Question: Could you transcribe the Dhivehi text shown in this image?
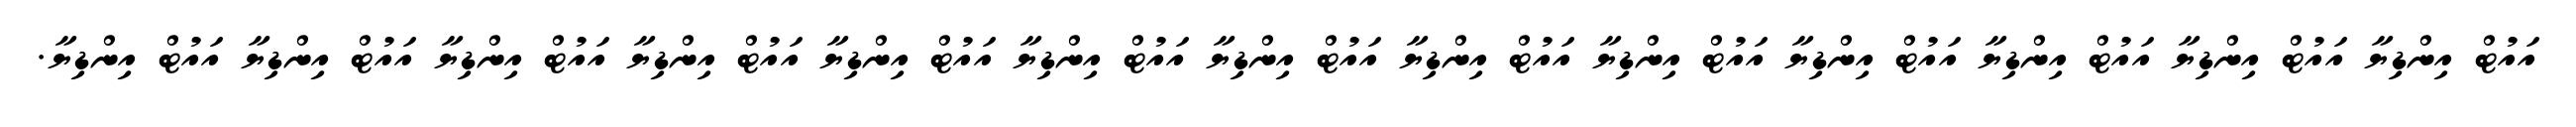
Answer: އައުޓް އިންޑިޔާ އައުޓް އިންޑިޔާ އައުޓް އިންޑިޔާ އައުޓް އިންޑިޔާ އައުޓް އިންޑިޔާ އައުޓް އިންޑިޔާ އައުޓް އިންޑިޔާ އައުޓް އިންޑިޔާ އައުޓް އިންޑިޔާ އައުޓް އިންޑިޔާ އައުޓް އިންޑިޔާ އައުޓް އިންޑިޔާ އައުޓް އިންޑިޔާ.